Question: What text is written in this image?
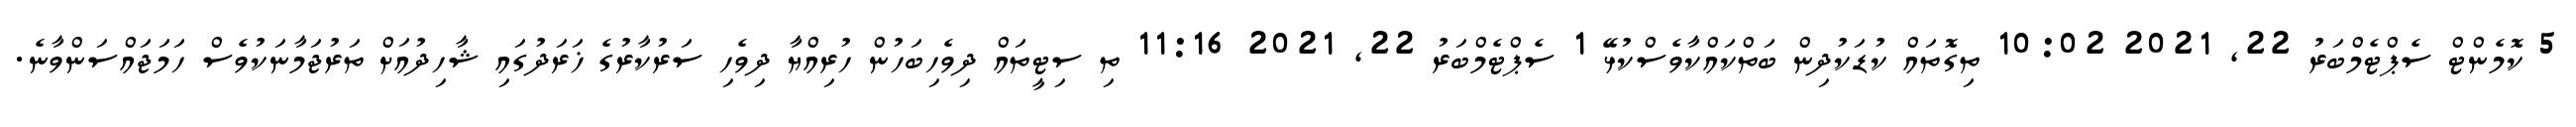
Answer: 5 ކޮމެންޓް ސެޕްޓެމްބަރު 22, 2021 10:02 ތިގޮތައް ކުޑަކުދިން ބަތްކައްކާވެސްކުޅޭ 1 ސެޕްޓެމްބަރު 22, 2021 11:16 ތި ސިޓީތައް ދިވެހިބަހުން ހުރިއްޔާ ދިވެހި ސަރުކާރުގެ ޚަރަދުގައި ޝާހިދުއަށް ތަރުޖަމާނަކުވެސް ހަމަޖައްސަންވާނެ.